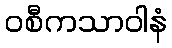
ဝစီကသာဝါနံ